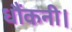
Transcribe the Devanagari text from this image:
धौंकनी।